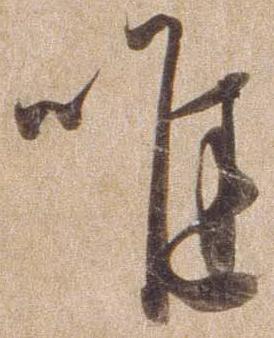
唯